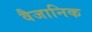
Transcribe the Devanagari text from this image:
वैजानिक